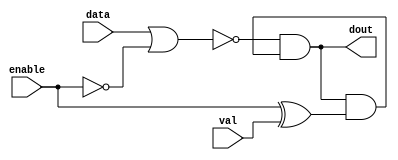
module top (
    input   wire    data,
    input   wire    enable,
    input   wire    val,
    output  wire    dout
);

    wire n1, n2, n3, n4;

    assign n1   = ~enable;
    assign n2   = ~(data | n1);
    assign n3   = enable ^ val;
    assign n4   = dout & n3;
    assign dout = n2 & n4;

endmodule  //top